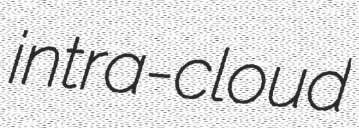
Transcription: intra-cloud